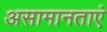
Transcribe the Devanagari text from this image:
असामानताएं